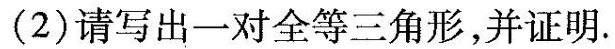
(2)请写出一对全等三角形，并证明。